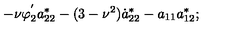
- \nu \varphi _ { 2 } ^ { ' } a _ { 2 2 } ^ { * } - ( 3 - \nu ^ { 2 } ) \dot { a } _ { 2 2 } ^ { * } - a _ { 1 1 } a _ { 1 2 } ^ { * } ;